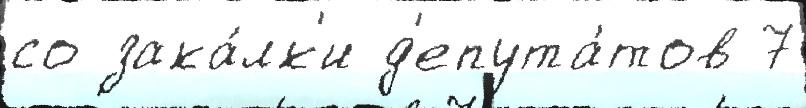
со зака́лк'и д'епута́тов 7